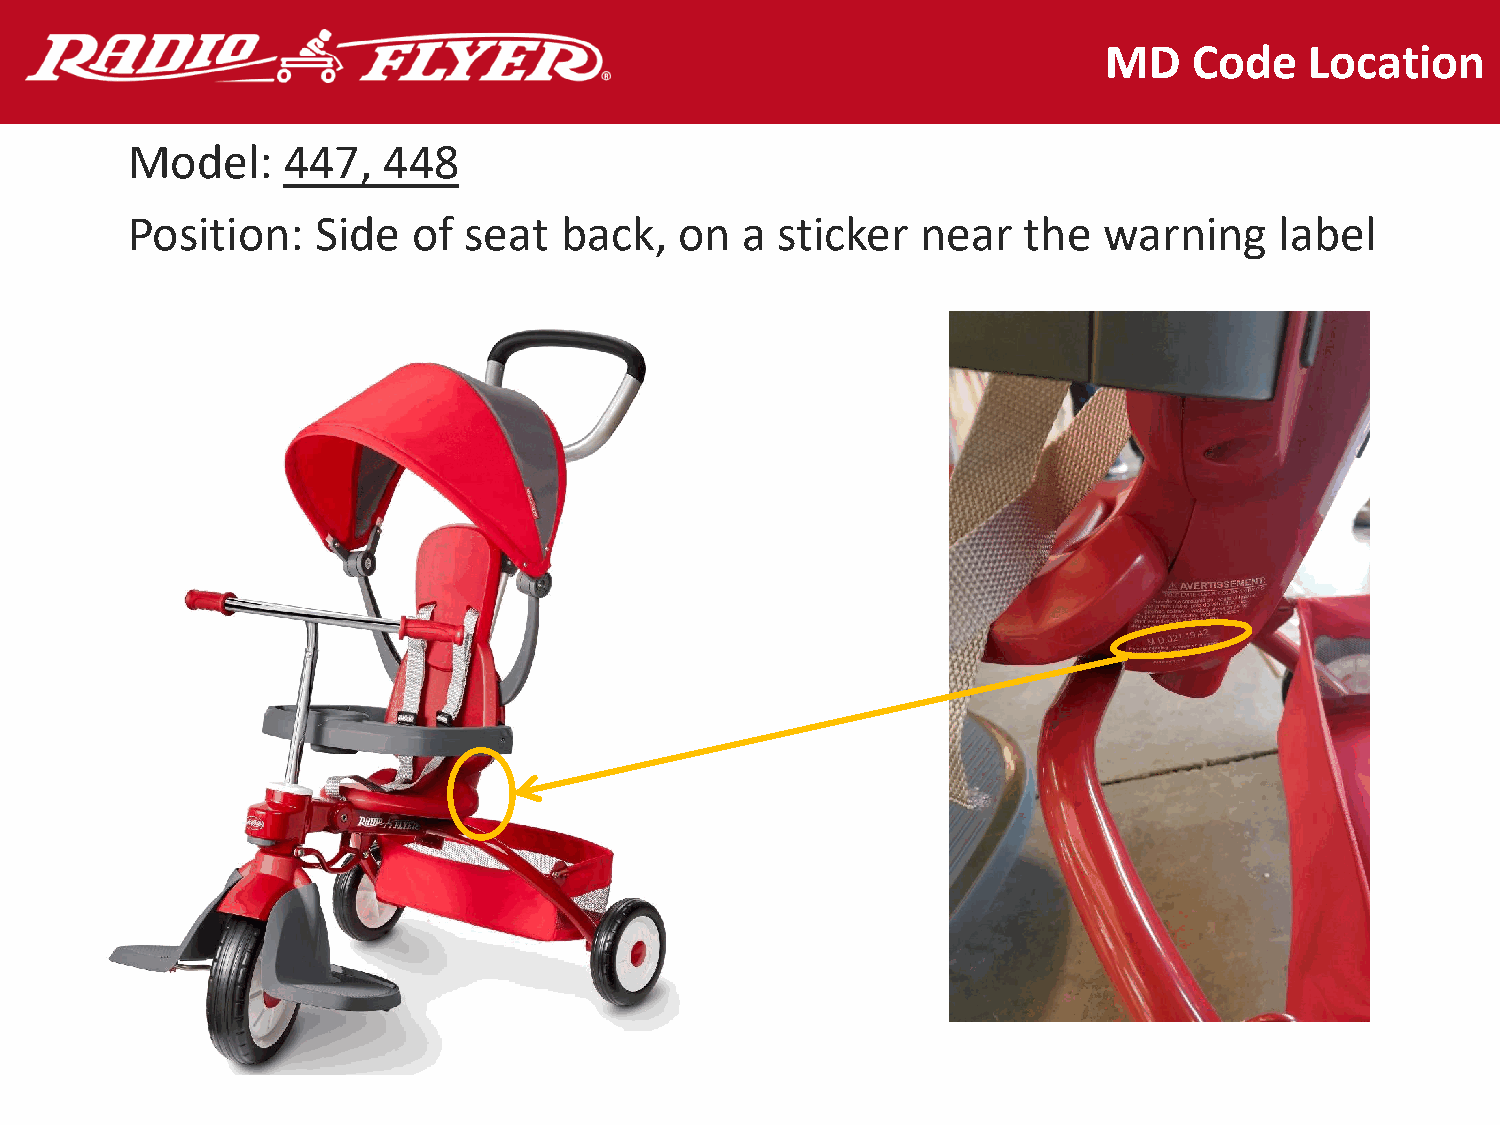
MD    Code    Location
 Model:     447,  448
 Position:    Side  of  seat  back,   on  a sticker   near   the  warning     label